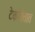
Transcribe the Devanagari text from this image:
टेकवितात